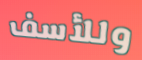
وللأسف